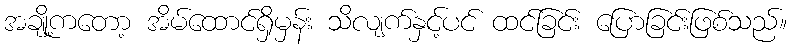
အချို့ကတော့ အိမ်ထောင်ရှိမှန်း သိလျက်နှင့်ပင် ထင်ခြင်း ပြောခြင်းဖြစ်သည်။